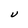
Character: U